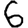
Digit: 6